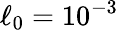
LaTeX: \ell_{0}=10^{-3}